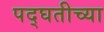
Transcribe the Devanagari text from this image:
पद्घतीच्या